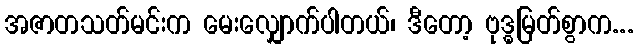
အဇာတသတ်မင်းက မေးလျှောက်ပါတယ်၊ ဒီတော့ ဗုဒ္ဓမြတ်စွာက...